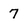
Character: 7